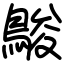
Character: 鵔